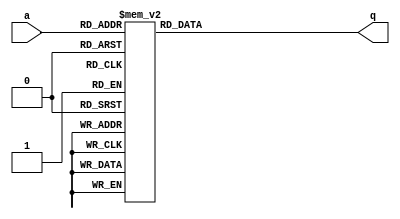
module top_module (
    input [2:0] a,
    output [15:0] q ); 

    always @(*) begin
        case(a)
        3'b000: q = 'h1232;
        3'b001: q = 'haee0;
        3'b010: q = 'h27d4;
        3'b011: q = 'h5a0e;
        3'b100: q = 'h2066;
        3'b101: q = 'h64ce;
        3'b110: q = 'hc526;
        3'b111: q = 'h2f19;
    	endcase
    end
    
endmodule